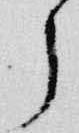
了